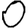
Digit: 0